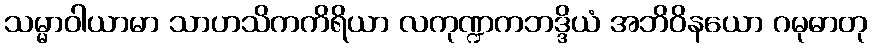
သမ္မာဝါယာမာ သာဟသိကကိရိယာ လကုဏ္ဍကဘဒ္ဒိယံ အဘိဝိနယော ဂမုဓာတု